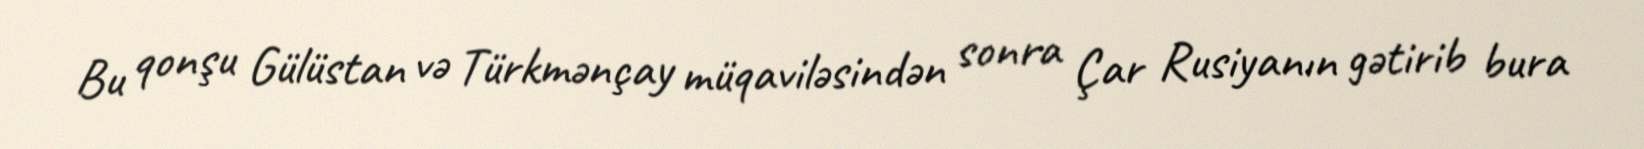
Bu qonşu Gülüstan və Türkmənçay müqaviləsindən sonra Çar Rusiyanın gətirib bura